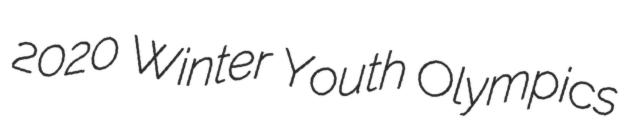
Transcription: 2020 Winter Youth Olympics